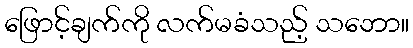
ဖြောင့်ချက်ကို လက်မခံသည့် သဘော။